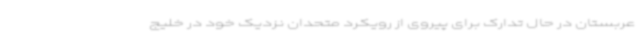
عربستان در حال تدارک برای پیروی از رویکرد متحدان نزدیک خود در خلیج